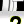
Digit: 2